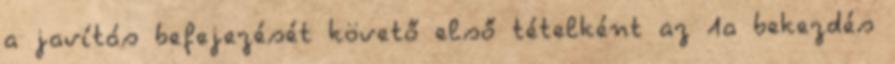
a javítás befejezését követő első tételként az 1a bekezdés